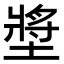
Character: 墏